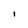
Character: l